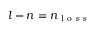
l - n = n _ { \mathrm { ~ l ~ o ~ s ~ s ~ } }